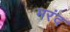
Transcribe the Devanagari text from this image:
मरंद